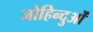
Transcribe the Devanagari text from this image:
जोहिन्दुओं